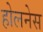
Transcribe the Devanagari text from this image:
होलनेस